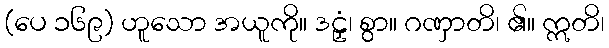
(ပေ ၁၆၉) ဟူသော အယူကို။ ဒဠှံ၊ စွာ။ ဂဏှာတိ၊ ၏။ ဣတိ၊